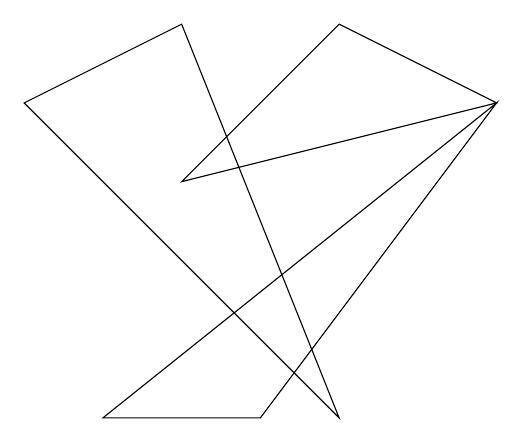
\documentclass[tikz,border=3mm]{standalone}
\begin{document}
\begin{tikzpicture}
\draw (2,6) -- (6,7) -- (4,8) -- cycle;
\draw (0,7) -- (2,8) -- (4,3) -- cycle;
\draw (6,7) -- (1,3) -- (3,3) -- cycle;
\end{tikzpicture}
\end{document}